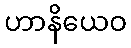
ဟာနိယေဝ